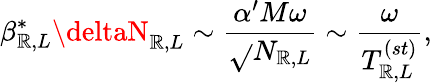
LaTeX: \beta_{\mathbb{R},L}^{*}\deltaN_{\mathbb{R},L}\sim{\frac{{\alpha^{\prime}M\omega}}{{\sqrt{}{{N_{\mathbb{R},L}}}}}}\sim{\frac{{\omega}}{{T_{\mathbb{R},L}^{(st)}}}},